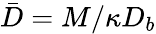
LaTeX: \bar{D}=M/\kappa D_{b}